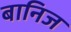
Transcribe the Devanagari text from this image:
बानिज